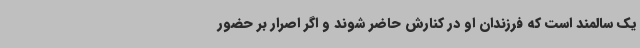
یک سالمند است که فرزندان او در کنارش حاضر شوند و اگر اصرار بر حضور